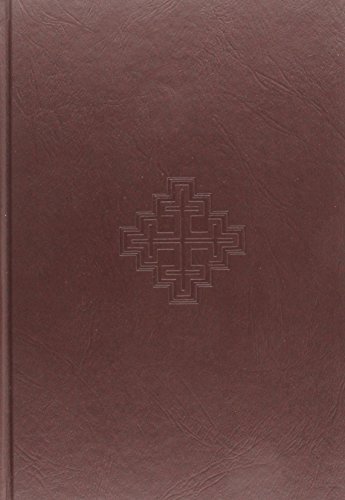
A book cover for Handbook of Seventh-Day Adventist Theology (Commentary Reference Series); Christian Books & Bibles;